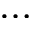
\dots